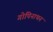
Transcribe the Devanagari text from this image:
गोपिनाथन